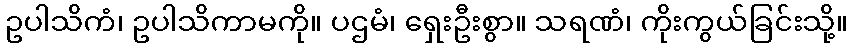
ဥပါသိကံ၊ ဥပါသိကာမကို။ ပဌမံ၊ ရှေးဦးစွာ။ သရဏံ၊ ကိုးကွယ်ခြင်းသို့။